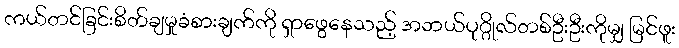
ကယ်တင်ခြင်းစိတ်ချမှုခံစားချက်ကို ရှာဖွေနေသည့် အဘယ်ပုဂ္ဂိုလ်တစ်ဦးဦးကိုမျှ မြင်ဖူး